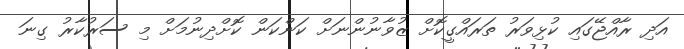
އަދި ރާއްޖޭގައި ކުޅިވަރު ތަރައްގީކޮށް ޒުވާނުންނަށް ކަންކަން ކޮށްދިނުމަށް މި ސަރުކާރު ގިނަ